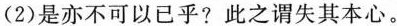
(2)是亦不可以已乎?此之谓失其本心。